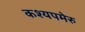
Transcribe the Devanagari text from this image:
कश्यपमेरु